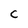
Character: C